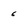
Character: 6